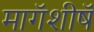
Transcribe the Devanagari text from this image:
मागॅशीषॅ